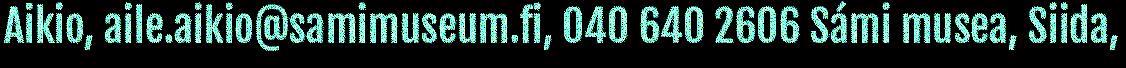
Aikio, aile.aikio@samimuseum.fi, 040 640 2606 Sámi musea, Siida,